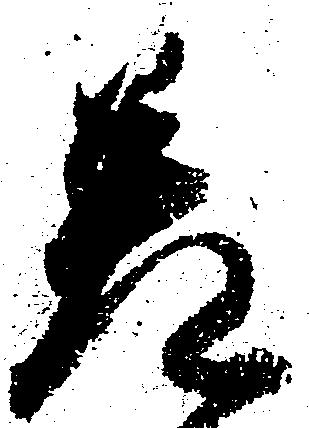
差